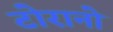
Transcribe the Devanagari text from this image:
टोरानो